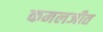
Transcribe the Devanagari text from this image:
कमलजीत